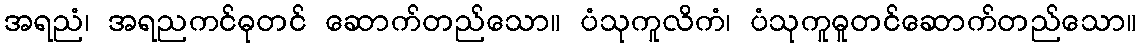
အရညံ၊ အရညကင်ဓုတင် ဆောက်တည်သော။ ပံသုကူလိကံ၊ ပံသုကူဓူတင်ဆောက်တည်သော။